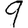
Digit: 9